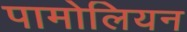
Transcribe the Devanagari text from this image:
पामोलियन